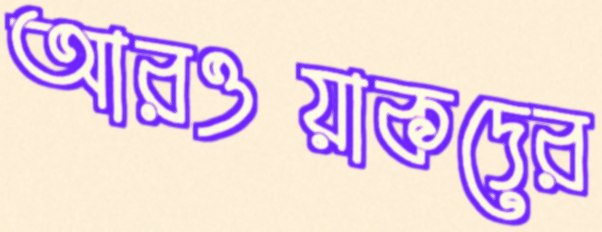
আরওয়াকদের